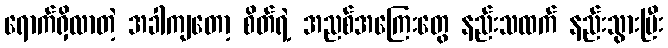
ရောက်ရှိလာတဲ့ အခါကျတော့ စိတ်ရဲ့ အညစ်အကြေးတွေ နည်းသထက် နည်းသွားပြီး